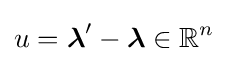
u={\boldsymbol {\lambda }}'-{\boldsymbol {\lambda }}\in \mathbb {R} ^{n}